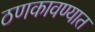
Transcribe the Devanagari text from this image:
ठणकावण्यात